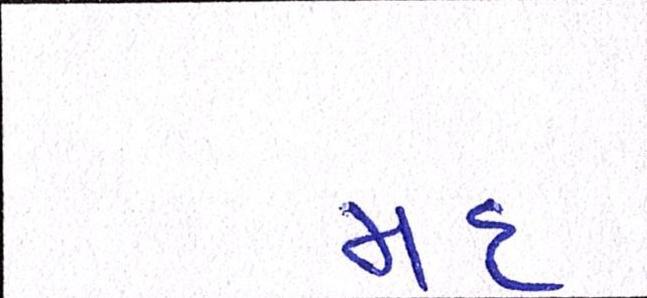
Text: મદ